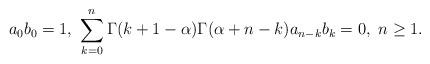
LaTeX: \begin{align*}a_0b_0 = 1,\ \sum_{k=0}^n\Gamma(k+1-\alpha)\Gamma(\alpha+n-k)a_{n-k}b_k = 0,\ n\ge 1.\end{align*}